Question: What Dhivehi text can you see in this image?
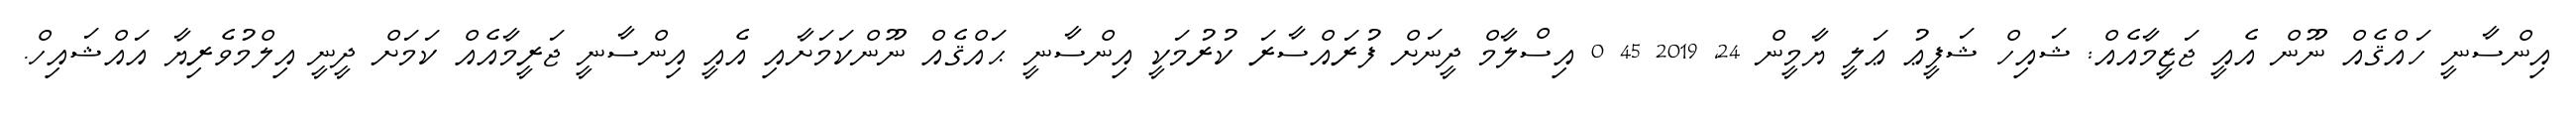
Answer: އިންސާނީ ހައްޤެއް ނޫން އެއީ ޖަޒީމާއެއް: ޝައިހް ޝަފީޢު ޢަލީ ޔާމީން 24, 2019 45 0 އިސްލާމް ދީނަށް ފުރައްސާރަ ކުރުމަކީ އިންސާނީ ޙައްޤެއް ނޫންކަމަށާއި އެއީ އިންސާނީ ޖަރީމާއެއް ކަމަށް ދީނީ އިލްމުވެރިޔާ އައްޝައިހް.